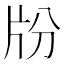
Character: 𤖭